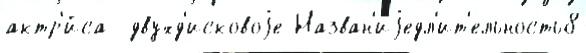
актр'и́са  двухд'исковоjе Назван'иjедл'ит'ельность8